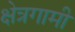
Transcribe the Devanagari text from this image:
क्षेत्रगामी